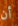
أن